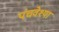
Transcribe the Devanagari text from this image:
पंचवेश्या